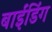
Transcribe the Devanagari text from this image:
बाईंडिंग